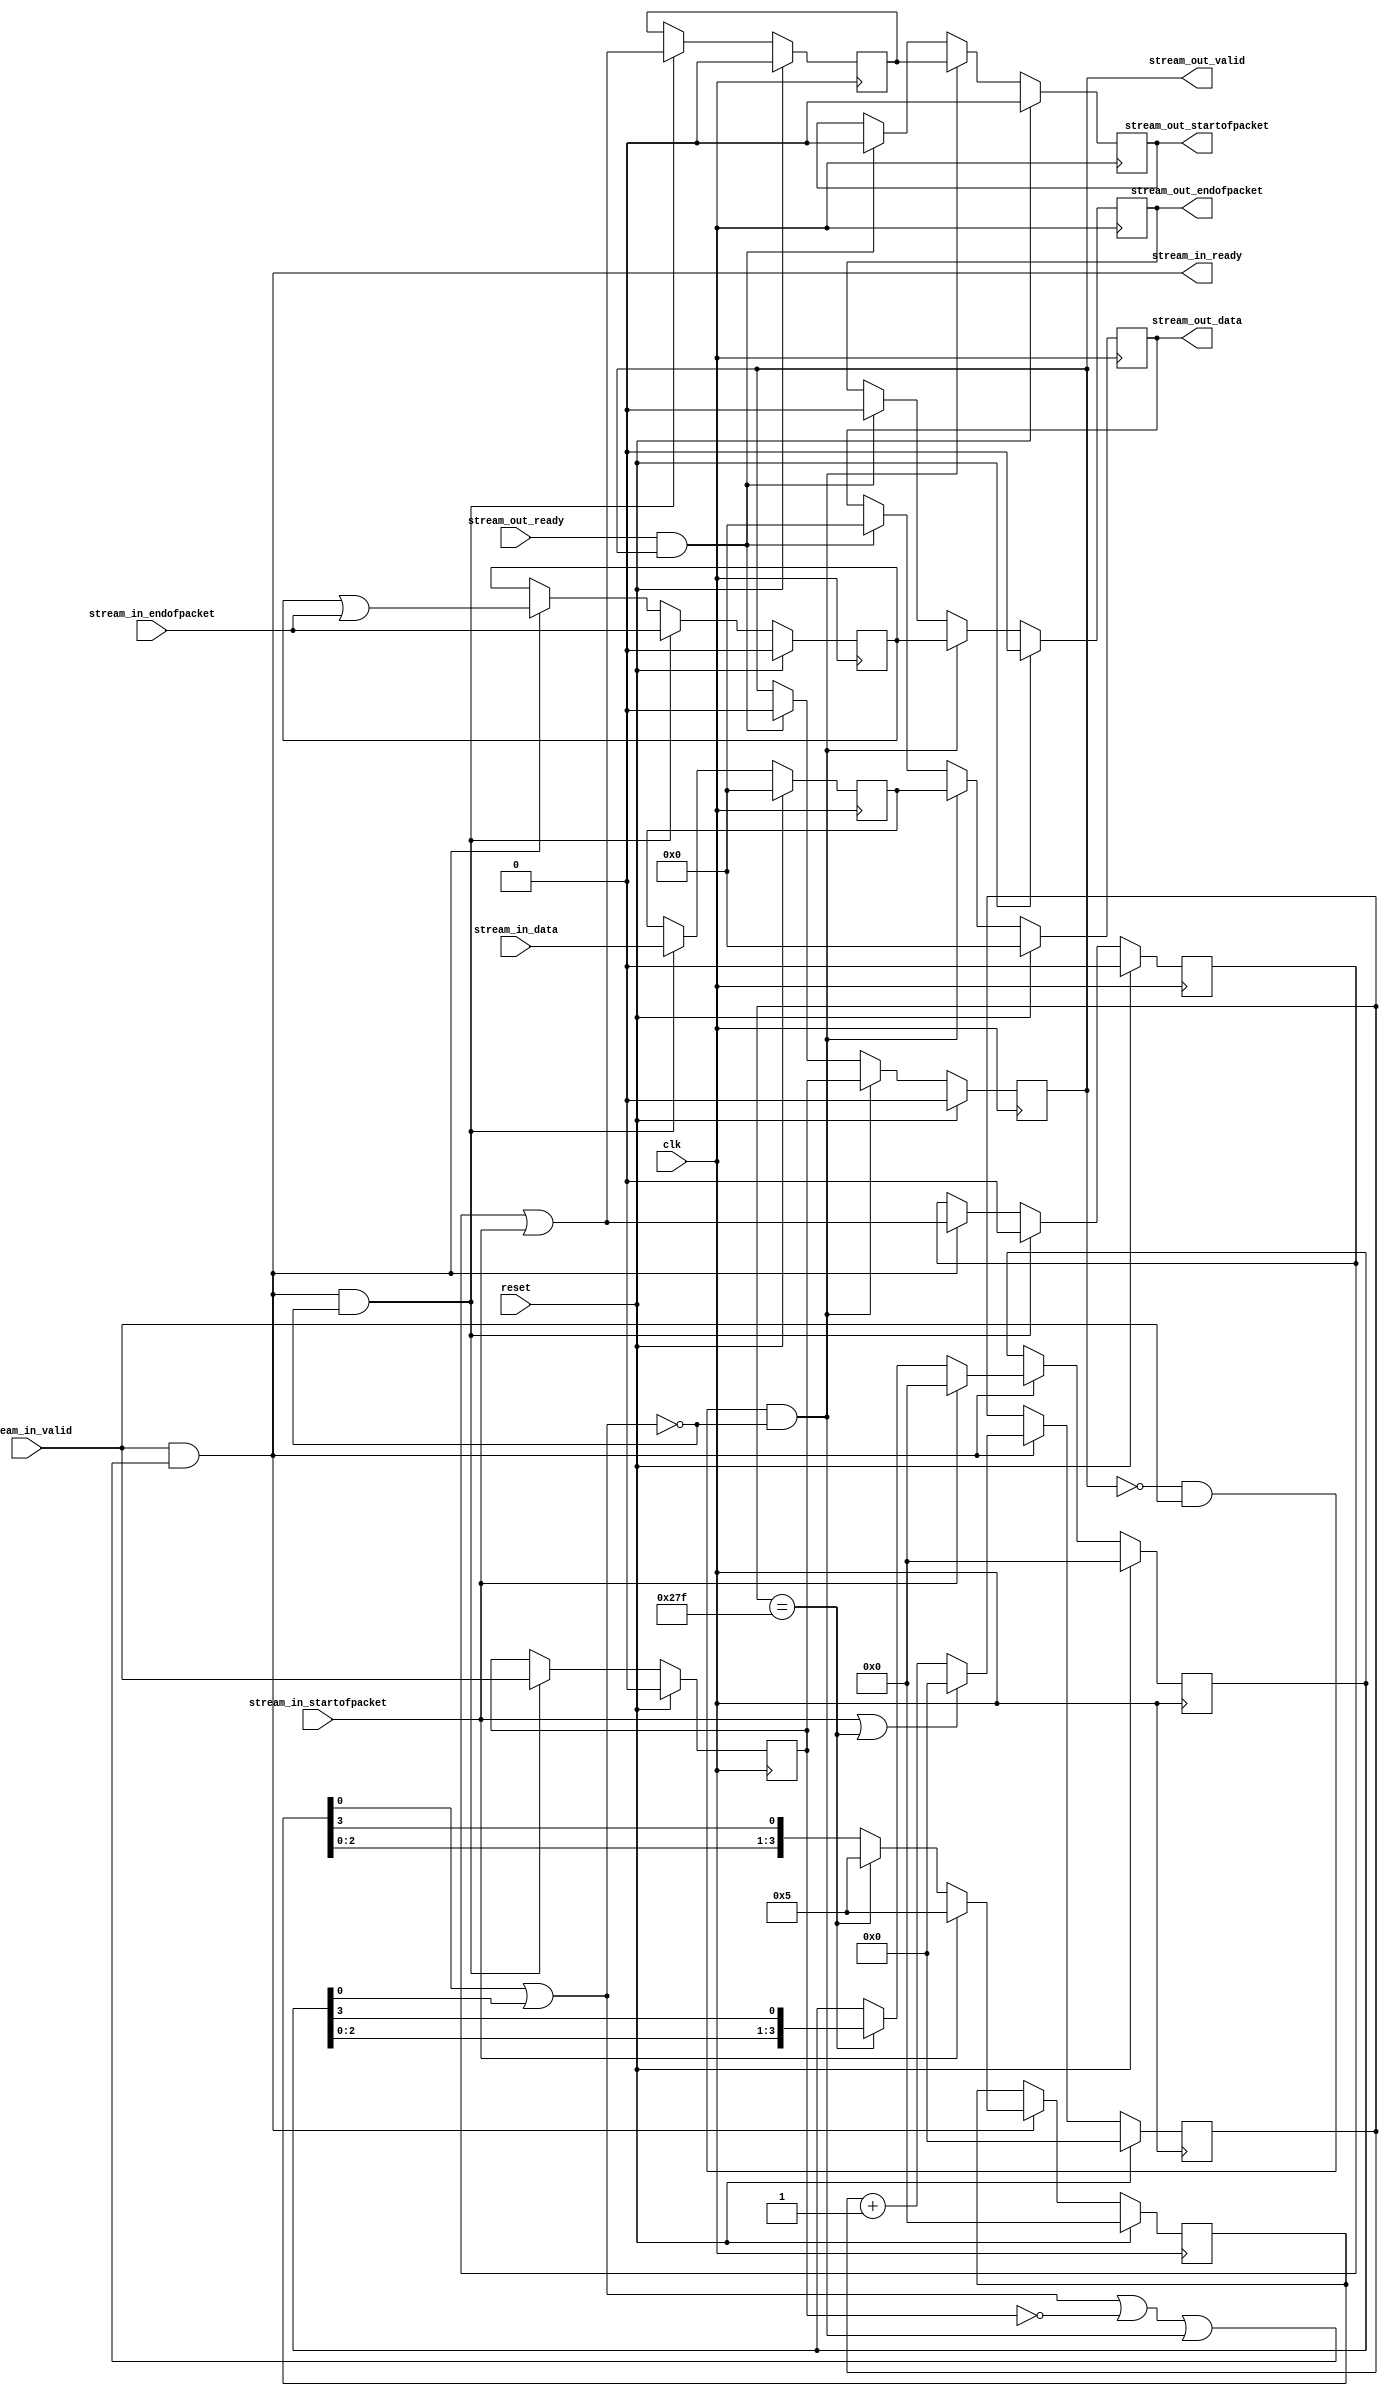
module altera_up_video_scaler_shrink (
	clk,
	reset,
	stream_in_data,
	stream_in_startofpacket,
	stream_in_endofpacket,
	stream_in_valid,
	stream_out_ready,
	stream_in_ready,
	stream_out_data,
	stream_out_startofpacket,
	stream_out_endofpacket,
	stream_out_valid
);
parameter DW					=  15; 
parameter WW					=   9; 
parameter HW					=   9; 
parameter WIDTH_IN			= 640; 
parameter WIDTH_DROP_MASK	= 4'b0101;
parameter HEIGHT_DROP_MASK	= 4'b0000;
input						clk;
input						reset;
input			[DW: 0]	stream_in_data;
input						stream_in_startofpacket;
input						stream_in_endofpacket;
input						stream_in_valid;
input						stream_out_ready;
output					stream_in_ready;
output reg	[DW: 0]	stream_out_data;
output reg				stream_out_startofpacket;
output reg				stream_out_endofpacket;
output reg				stream_out_valid;
wire 						drop;
wire						capture_inputs;
wire						transfer_data;
reg						saved_startofpacket;
reg			[DW: 0]	data;
reg						startofpacket;
reg						endofpacket;
reg						valid;
reg			[WW: 0]	width_counter;
reg			[HW: 0]	height_counter;
reg			[ 3: 0]	drop_pixel;
reg			[ 3: 0]	drop_line;
always @(posedge clk)
begin
	if (reset)
	begin
		stream_out_data				<=  'h0;
		stream_out_startofpacket	<= 1'b0;
		stream_out_endofpacket		<= 1'b0;
		stream_out_valid				<= 1'b0;
	end
	else if (transfer_data)
	begin
		stream_out_data				<= data;
		stream_out_startofpacket	<= startofpacket;
		stream_out_endofpacket		<= endofpacket;
		stream_out_valid				<= valid;
	end
	else if (stream_out_ready & stream_out_valid)
	begin
		stream_out_data				<=  'h0;
		stream_out_startofpacket	<= 1'b0;
		stream_out_endofpacket		<= 1'b0;
		stream_out_valid				<= 1'b0;
	end
end
always @(posedge clk)
	if (reset)
		saved_startofpacket	<= 1'b0;
	else if (capture_inputs)
		saved_startofpacket	<= 1'b0;
	else if (stream_in_ready)
		saved_startofpacket	<= saved_startofpacket | stream_in_startofpacket;
always @(posedge clk)
begin
	if (reset)
	begin
		data				<=  'h0;
		startofpacket	<= 1'b0;
		endofpacket		<= 1'b0;
		valid				<= 1'b0;
	end
	else if (capture_inputs)
	begin
		data				<= stream_in_data;
		startofpacket	<= stream_in_startofpacket | saved_startofpacket;
		endofpacket		<= stream_in_endofpacket;
		valid				<= stream_in_valid;
	end
	else if (stream_in_ready)
		endofpacket		<= endofpacket | stream_in_endofpacket;
end
always @(posedge clk)
begin
	if (reset)
		width_counter		<= 'h0;
	else if (stream_in_ready)
	begin
		if (stream_in_startofpacket | (width_counter == (WIDTH_IN - 1)))
			width_counter	<= 'h0;
		else
			width_counter	<= width_counter + 1;
	end
end
always @(posedge clk)
begin
	if (reset)
		height_counter		<= 'h0;
	else if (stream_in_ready)
	begin
		if (stream_in_startofpacket)
			height_counter	<= 'h0;
		else if (width_counter == (WIDTH_IN - 1))
			height_counter	<= height_counter + 1;
	end
end
always @(posedge clk)
begin
	if (reset)
		drop_pixel		<= 4'b0000;
	else if (stream_in_ready)
	begin
		if (stream_in_startofpacket)
			drop_pixel	<= WIDTH_DROP_MASK;
		else if (width_counter == (WIDTH_IN - 1))
			drop_pixel	<= WIDTH_DROP_MASK;
		else
			drop_pixel	<= {drop_pixel[2:0], drop_pixel[3]};		
	end
end
always @(posedge clk)
begin
	if (reset)
		drop_line		<= 4'b0000;
	else if (stream_in_ready)
	begin
		if (stream_in_startofpacket)
			drop_line	<= HEIGHT_DROP_MASK;
		else if (width_counter == (WIDTH_IN - 1))
			drop_line	<= {drop_line[2:0], drop_line[3]};
	end
end
assign stream_in_ready	= stream_in_valid & (drop | ~valid | transfer_data);
assign drop					= drop_pixel[0] | drop_line[0];
assign capture_inputs	= stream_in_ready & ~drop;
assign transfer_data		= ~stream_out_valid & stream_in_valid & ~drop;
endmodule